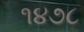
૧૪૭૮